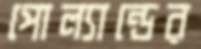
পোল্যান্ডের